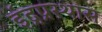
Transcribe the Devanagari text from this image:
इंद्रप्रस्थास